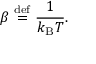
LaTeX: \beta \ { \stackrel { \mathrm { d e f } } { = } } \ { \frac { 1 } { k _ { \mathrm { B } } T } } .